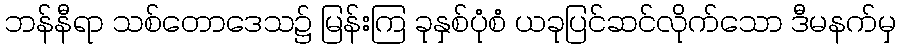
ဘန်နီရာ သစ်တောဒေသ၌ မြန်းကြ ခုနှစ်ပုံစံ ယခုပြင်ဆင်လိုက်သော ဒီမနက်မှ